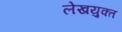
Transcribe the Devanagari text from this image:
लेखयुक्त